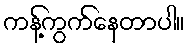
ကန့်ကွက်နေတာပါ။